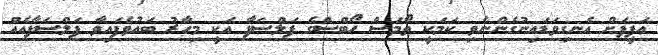
ޢަފީފަށް އެނގިވަޑައިނުގެންނެވި ކަމަކީ ތޯމަސް ހޯބްސްގެ ފަލްސަފާ އަކީ މިހާރު ބައުވެފައިވާ ފަލްސަފާއެއް